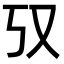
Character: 𫨲